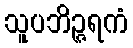
သူပဘိဉ္ဇရကံ